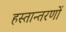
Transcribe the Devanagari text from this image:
हस्तान्तरणों